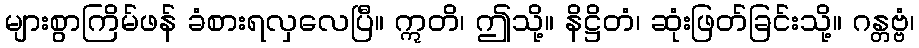
များစွာကြိမ်ဖန် ခံစားရလှလေပြီ။ ဣတိ၊ ဤသို့။ နိဋ္ဌိတံ၊ ဆုံးဖြတ်ခြင်းသို့။ ဂန္တဗ္ဗံ၊